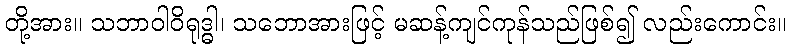
တို့အား။ သဘာဝါဝိရုဒ္ဓါ၊ သဘောအားဖြင့် မဆန့်ကျင်ကုန်သည်ဖြစ်၍ လည်းကောင်း။